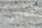
أدائي